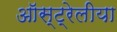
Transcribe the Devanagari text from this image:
ऑस्ट्रेलीया